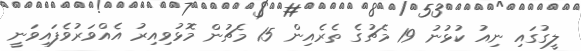
ލީގުގައި ނިއު ކުޅުނު 19 މެޗުގެ ތެރެއިން 15 މެޗުން މޮޅުވިއިރު އެއްވަރުވެފައިވަނީ